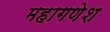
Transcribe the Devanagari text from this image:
महागणेश